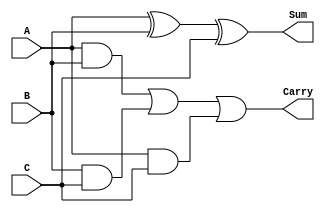
module FullAdder (
    input wire A,
    input wire B,
    input wire C,
    output wire Sum,
    output wire Carry
);
    assign Sum = A ^ B ^ C; // Sum = A XOR B XOR C
    assign Carry = (A & B) | (B & C) | (A & C); // Carry = (A AND B) OR (B AND C) OR (A AND C)
endmodule